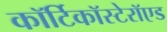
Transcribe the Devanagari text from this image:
कॉर्टिकॉस्टेरॉएड